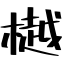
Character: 樾